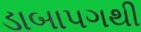
ડાબાપગથી